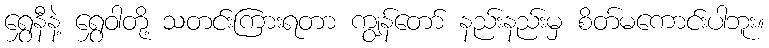
ရွှေနီနဲ့ ရွှေဝါတို့ သတင်းကြားရတာ ကျွန်တော် နည်းနည်းမှ စိတ်မကောင်းပါဘူး။